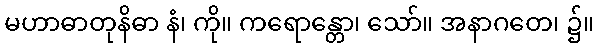
မဟာဓာတုနိဓာ နံ၊ ကို။ ကရောန္တော၊ သော်။ အနာဂတေ၊ ၌။